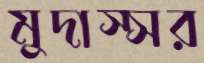
মুদাস্সর